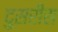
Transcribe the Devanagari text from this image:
दुसरीस